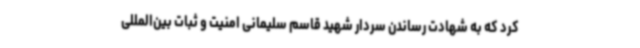
کرد که به شهادت رساندن سردار شهید قاسم سلیمانی امنیت و ثبات بین‌المللی